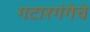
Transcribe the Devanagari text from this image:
गटारगंगेचे